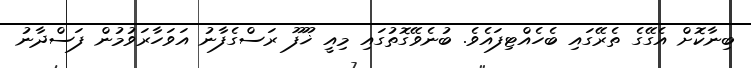
ބިނާކޮށް އެގޭގެ ތެރޭގައި ބެހެއްޓިފައެވެ. ބުނެވޭގޮތުގައި މިއީ ޚޫފޫ ރަސްގެފާނު އަވަހާރަވުމުން ފަސްދާނު